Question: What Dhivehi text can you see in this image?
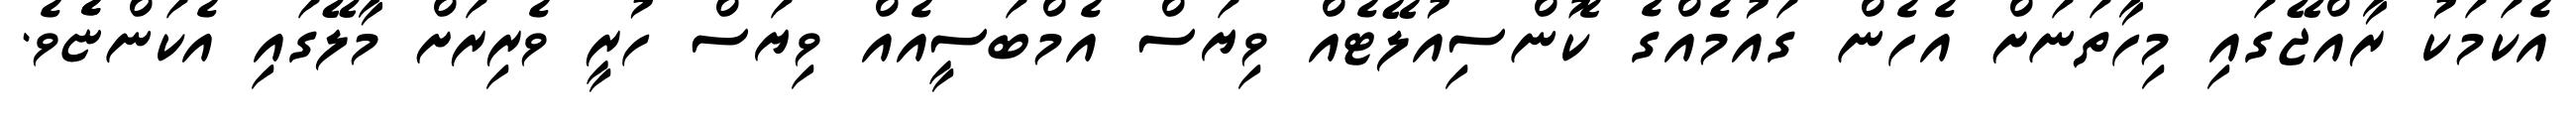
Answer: އެކަމަކު ރާއްޖޭގައި މިހާތަނަށް އެހެން ގައުމެއްގެ ކޮންސިއުލޭޓެއް ވިޔަސް އެމްބަސީއެއް ވިޔަސް ހުރީ ވެރިރަށް މާލޭގައި އެކަންޏެެވެ.